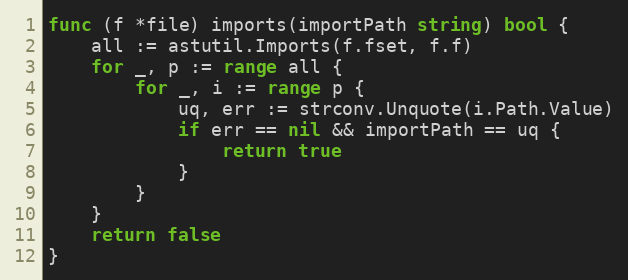
Language: Go
func (f *file) imports(importPath string) bool {
	all := astutil.Imports(f.fset, f.f)
	for _, p := range all {
		for _, i := range p {
			uq, err := strconv.Unquote(i.Path.Value)
			if err == nil && importPath == uq {
				return true
			}
		}
	}
	return false
}